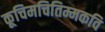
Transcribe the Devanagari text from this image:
कूचिमचितिम्मकवि